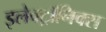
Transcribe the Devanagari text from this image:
इलेक्ट्रॉनिक्स